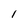
Character: 1